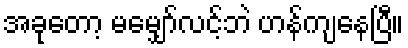
အခုတော့ မမျှော်လင့်ဘဲ ဟန်ကျနေပြီ။